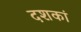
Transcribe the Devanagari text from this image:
दशकां